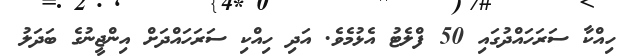
ހިއްކާ ސަރަހައްދުގައި 50 ފްލެޓު އެޅުމެވެ. އަދި ހިއްކި ސަރަހައްދަށް އިންޖީނުގެ ބަދަލު